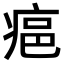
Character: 𤶛